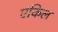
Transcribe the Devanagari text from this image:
एंकिल